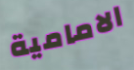
الامامية